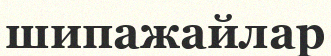
шипажайлар